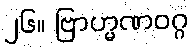
၂၆။ ဗြာဟ္မဏဝဂ္ဂ